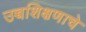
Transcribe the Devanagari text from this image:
उच्चशिक्षणाचे